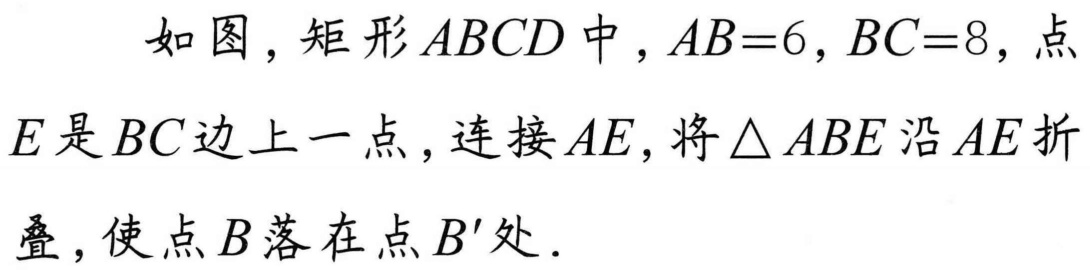
如图，矩形\(ABCD\)中，\(AB = 6\)，\(BC = 8\)，点\(E\)是\(BC\)边上一点，连接\(AE\)，将\(\triangle ABE\)沿\(AE\)折叠，使点\(B\)落在点\(B'\)处．